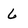
Character: 6